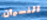
النسيان